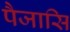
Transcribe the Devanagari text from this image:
पैजासि